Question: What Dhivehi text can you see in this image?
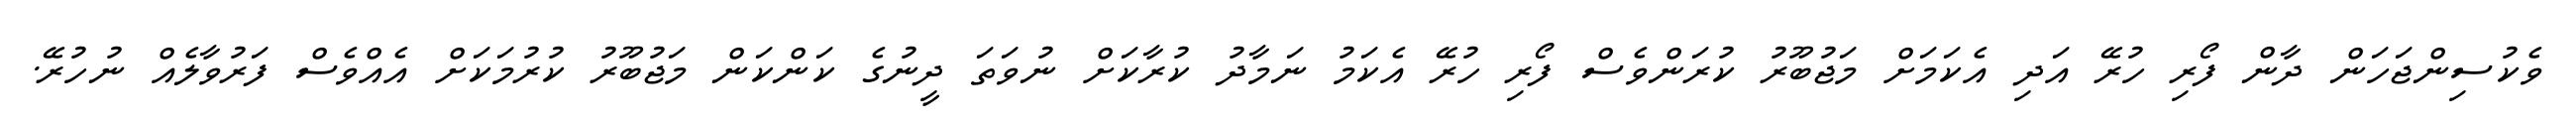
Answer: ވެކުސިންޖަހަން ދާން ފޯރި ހުރޭ އަދި އެކަމަށް މަޖުބޫރު ކުރަންވެސް ފޯރި ހުރޭ އެކަމު ނަމާދު ކުރާކަށް ނުވަތަ ދީނުގެ ކަންކަން މަޖުބޫރު ކުރުމަކަށް އެއްވެސް ފަރުވާލެއް ނުހުރޭ.